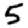
Digit: 5